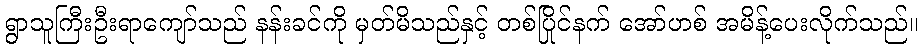
ရွာသူကြီးဦးရာကျော်သည် နန်းခင်ကို မှတ်မိသည်နှင့် တစ်ပြိုင်နက် အော်ဟစ် အမိန့်ပေးလိုက်သည်။